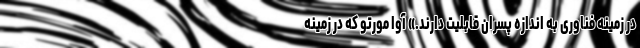
در زمینه فناوری به اندازه پسران قابلیت دارند.» آوا مورتو که در زمینه